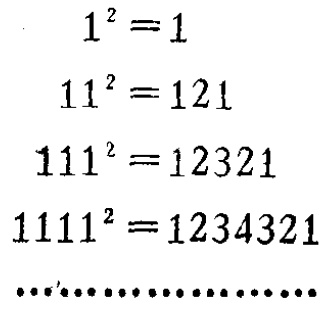
\[

\begin{align*}

1^{2}&=1\\

11^{2}&=121\\

111^{2}&=12321\\

1111^{2}&=1234321\\

\cdots\cdots\cdots\cdots\cdots\cdots

\end{align*}

\]